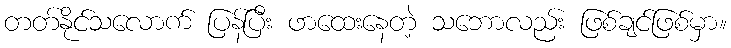
တတ်နိုင်သလောက် ပြန်ပြီး ဖာထေးနေတဲ့ သဘောလည်း ဖြစ်ချင်ဖြစ်မှာ။